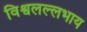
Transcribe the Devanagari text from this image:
विश्वलल्लभाय